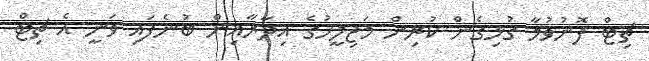
ޗިޓް ފޮނުވުމާ ގުޅިގެން ކުރިން މަޖިލީހުގެ އިދާރާއިން ބުނެފައި ވަނީ އެ ޗިޓް